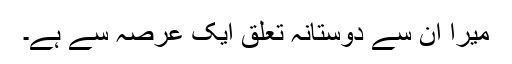
میرا ان سے دوستانہ تعلق ایک عرصہ سے ہے۔